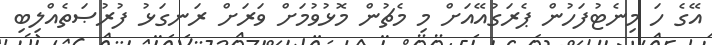
އޭގެ ހަ މިނެޓުފަހުން ޕެރަގުއޭއަށް މި މެޗުން މޮޅުވުމަށް ވަރަށް ރަނގަޅު ފުރުޞަތެއްލިބި